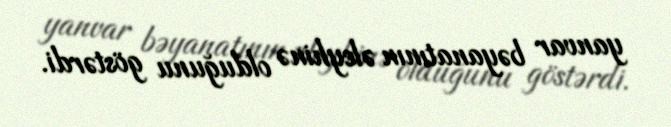
yanvar bəyanatının əleyhinə olduğunu göstərdi.